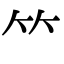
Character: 𥫗